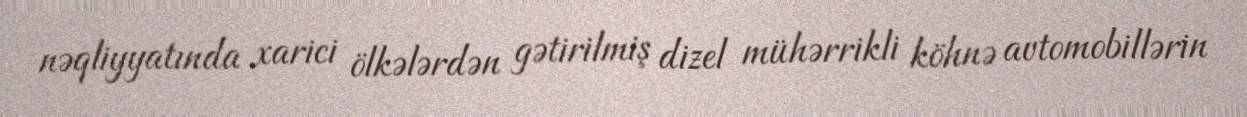
nəqliyyatında xarici ölkələrdən gətirilmiş dizel mühərrikli köhnə avtomobillərin